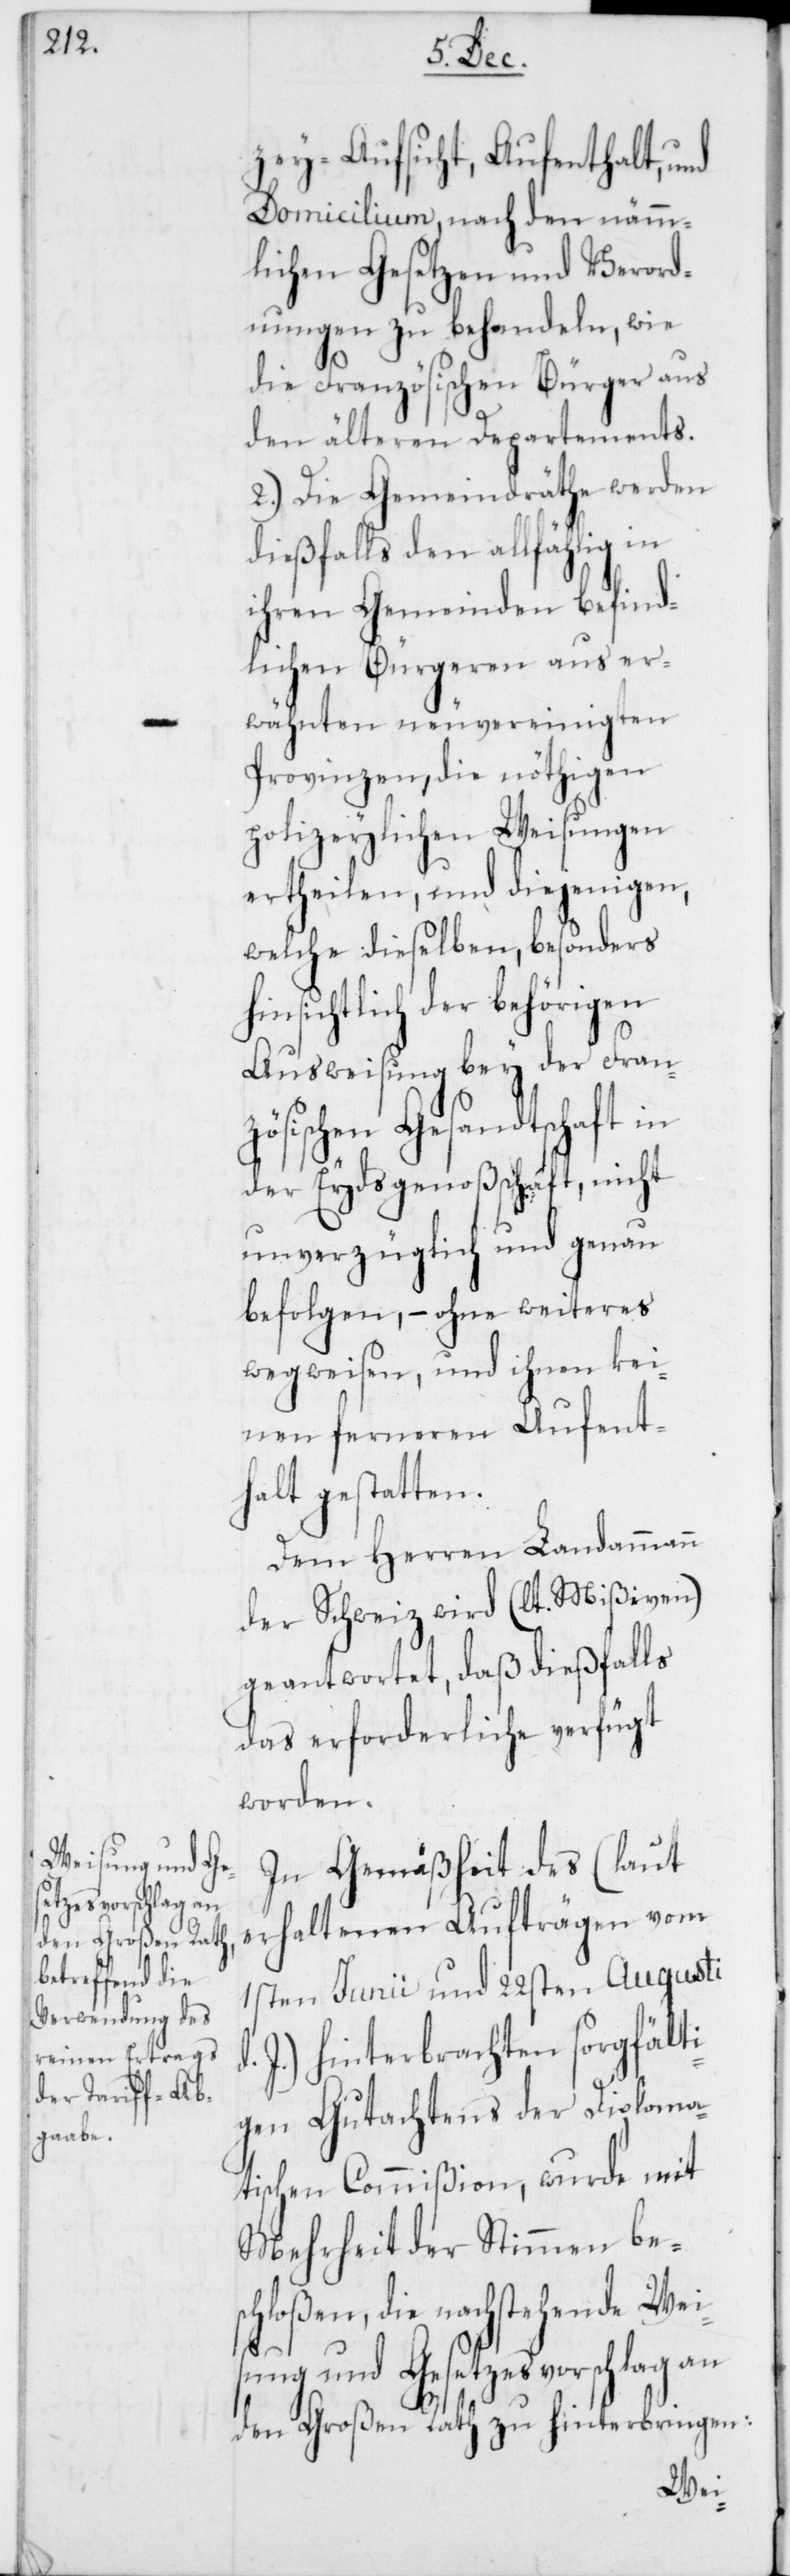
zey-Aufsicht, Aufenthalt und
Domicilium, nach den nämm¬
lichen Gesetzen und Verord¬
nungen zu behandeln, wie
die Französischen Bürger aus
den älteren Departements.
2.) Die Gemeindräthe werden
dießfalls den allfählig in
ihren Gemeinden befind¬
lichen Bürgeren aus er¬
wähnten neuvereinigten
Provinzen, die nöthigen
polizeylichen Weisungen
ertheilen, und diejenigen,
welche dieselben, besonders
hinsichtlich der behörigen
Ausweisung bey der Fran¬
zösischen Gesandtschaft in
der Eydsgenoßschaft, nicht
unverzüglich und genau
befolgen, – ohne weiteres
wegweisen, und ihnen kei¬
nen ferneren Aufent¬
halt gestatten.
Dem Herren Landammann
der Schweiz wird (lt. Mißiven)
geantwortet, daß dießfalls
das erforderliche verfügt
worden.
In Gemäßheit des (laut
erhaltenen Aufträgen vom
1sten Junii und 22sten Augusti
J.) hinterbrachten sorgfälti¬
gen Gutachtens der Diploma¬
tischen Commißion, wurde mit
Mehrheit der Stimmen besc¬
hloßen, die nachstehende Wei¬
sung und Gesetzesvorschlag an
den Großen Rath zu hinterbringen: